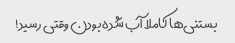
بستنی‌ها کاملا آب شده بودن وقتی رسید!